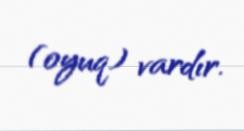
(oyuq) vardır.